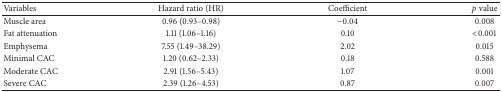
<table><thead><tr><td><b>Variables </b></td><td><b>Hazard ratio (HR) </b></td><td><b>Coefficient </b></td><td><b><i>p</i> value </b></td></tr></thead><tbody><tr><td>Muscle area</td><td>0.96 (0.93–0.98)</td><td>−0.04</td><td>0.008</td></tr><tr><td>Fat attenuation</td><td>1.11 (1.06–1.16)</td><td>0.10</td><td>&lt;0.001</td></tr><tr><td>Emphysema</td><td>7.55 (1.49–38.29)</td><td>2.02</td><td>0.015</td></tr><tr><td>Minimal CAC</td><td>1.20 (0.62–2.33)</td><td>0.18</td><td>0.588</td></tr><tr><td>Moderate CAC</td><td>2.91 (1.56–5.43)</td><td>1.07</td><td>0.001</td></tr><tr><td>Severe CAC</td><td>2.39 (1.26–4.53)</td><td>0.87</td><td>0.007</td></tr></tbody></table>